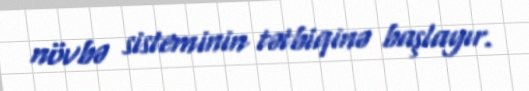
növbə sisteminin tətbiqinə başlayır.